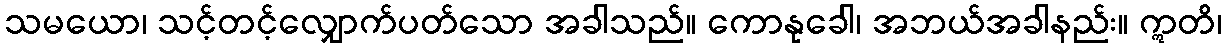
သမယော၊ သင့်တင့်လျှောက်ပတ်သော အခါသည်။ ကောနုခေါ၊ အဘယ်အခါနည်း။ ဣတိ၊